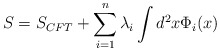
\begin{align*}S=S_{CFT}+\sum _{i=1}^{n}\lambda _{i}\int d^{2}x\Phi _{i}(x)\end{align*}